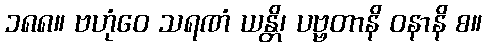
၁၈၈။ ဗဟုံဝေ သရဏံ ယန္တိ၊ ပဗ္ဗတာနိ ဝနာနိ စ။